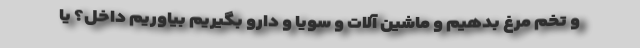
و تخم مرغ بدهیم و ماشین آلات و سویا و دارو بگیریم بیاوریم داخل؟ یا